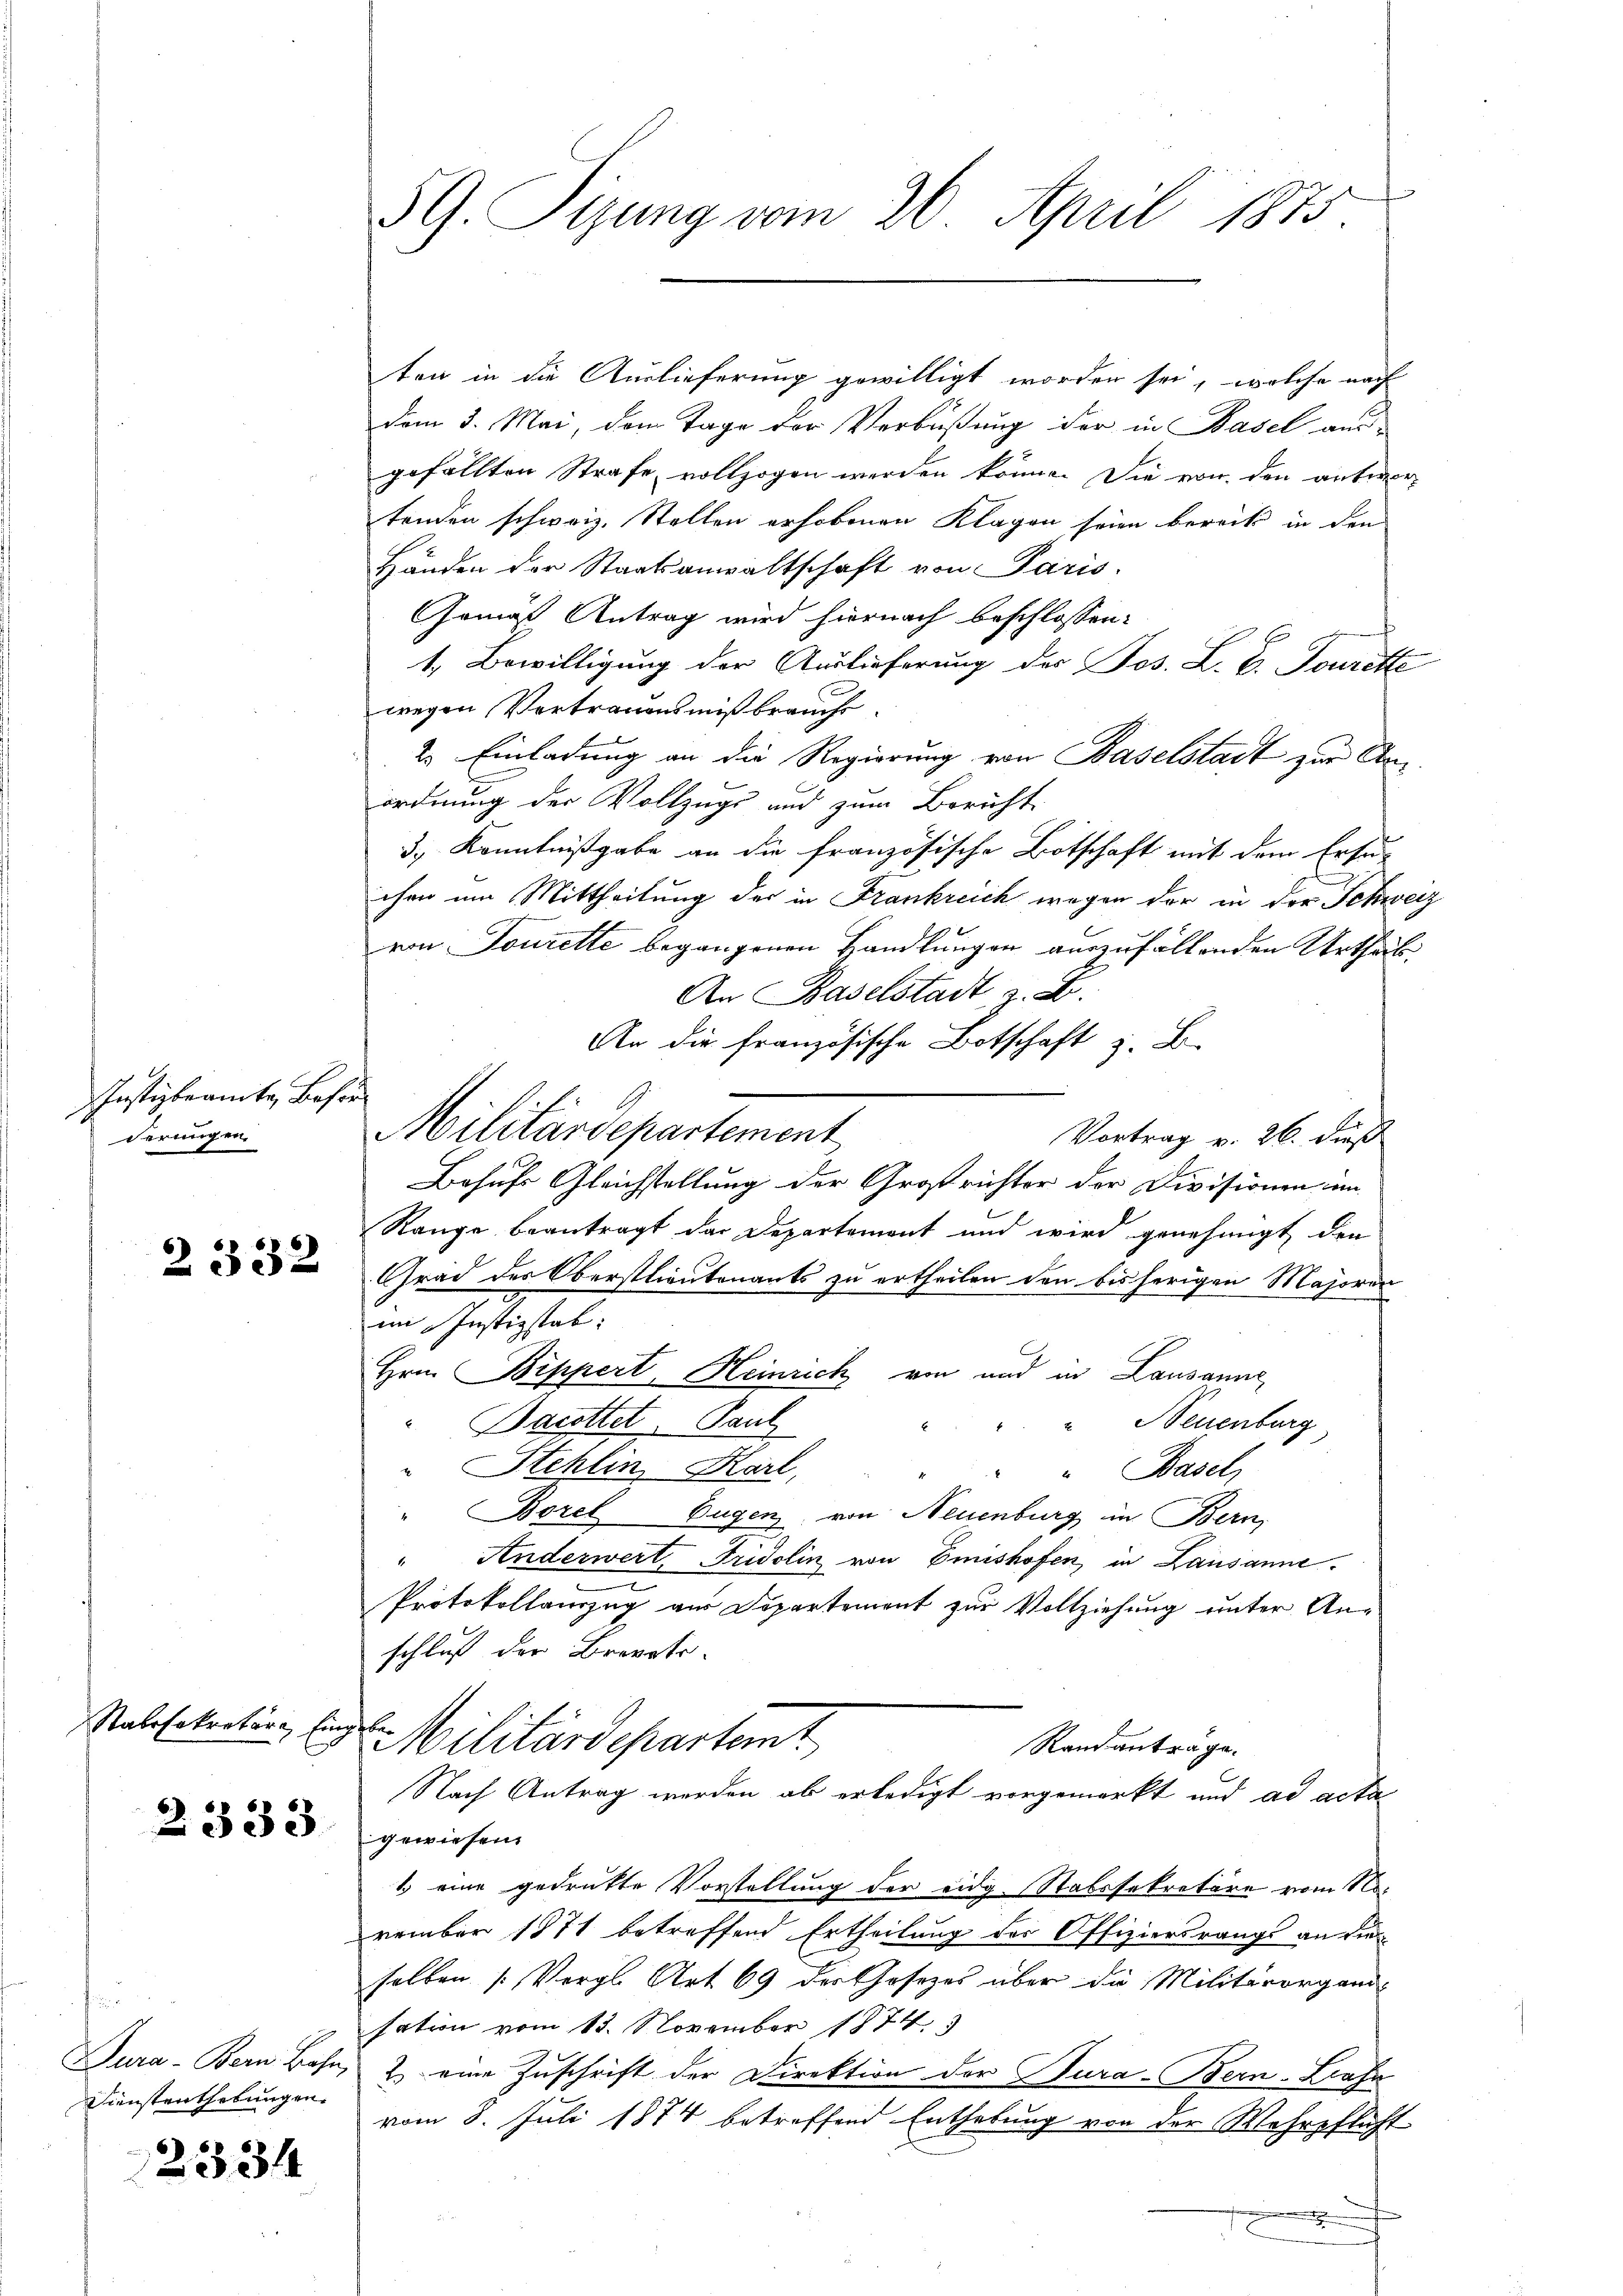
Justizbeamte Besor
derungen,

2332

Ratssekretäre Eingeber

2333

Dienstenthebungen.

2334

59. Sizung vom 26. April 1875.

ten in die Auslieferung gewilligt worden sei, welche nach
vom 3. Mai, dem Tage der Verbüßung der in Basel aus
gefällten Strafe vollzogen werden könne. Die von den antwortenden schweiz. Stellen erhobenen Klagen seien bereits in den
Händen der Staatsanwaltschaft von Paris.
Gemäß Antrag wird hiernach beschlossen:
1. Bewilligung der Auslieferung des Jos. L. C. Tourette
wegen Vertrauensmißbrauche
2. Einladung an die Regierung von Baselstadt zur Anordnung der Vollzugs und zum Bericht,
3.) Kenntnißgabe an die französische Botschaft mit dem Ersuc
chen um Mittheilung der in Frankreich wegen der in der Schwe
von Tourette begangenen Handlungen auszufällenden Urtheil
An Baselstadt z. B.
An die französische Botschaft z. B.
Militärdepartement
Vortrag v. 26. dieß
Behufs Gleichstellung der Großrichter der Divisionen im
Range beantragt der Departement und wird genehmigt den
Grad des Oberstlieutenants zu ertheilen den bisherigen Majoren
im erstestel
Hrn. Bippert, Heinrich von und in Lausanne
"" Neuenburg
Bacottet. Paul
E
Stehlin Karl,
" Basel
1
" Borel Eugen von Neuenburg in Bern,
" Anderwert, Fridolin von Emishofen, in Lausanne.
c
Protokollauszug aus Departement zur Vollziehung unter Anschluß der Brennte.
Militärdepartemt
Randanträge.
Nach Antrag werden ob erledigt vorgemerkt und ad acta
gewiesen.
1 eine gedrukte Vorstellung der eidg. Stabssekretäre vom No.
vember 1871 betreffend Ertheilung der Offiziersrangs an die
selben (Vergl. Art 69 der Cosezes über die Militärorgani-
sation vom 13. November 1874. 3
Jura - Bern Base, 2. eine Zuschrift der Direktion der Cura-Bern-Bahn
vom 8. Juli 1874 betreffend Enthebung von der Wehrpflicht
x